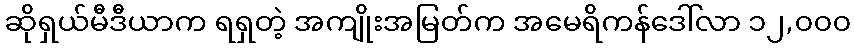
ဆိုရှယ်မီဒီယာက ရရှတဲ့ အကျိုးအမြတ်က အမေရိကန်ဒေါ်လာ ၁၂,၀၀၀